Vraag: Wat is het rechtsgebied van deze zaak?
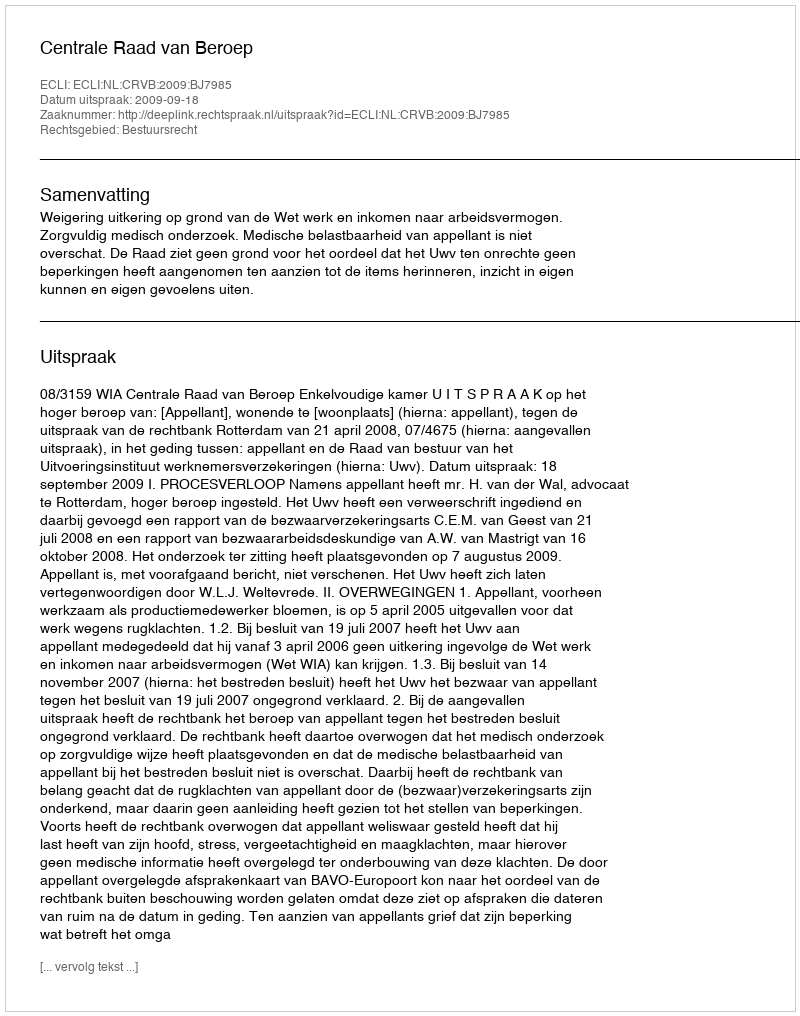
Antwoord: Bestuursrecht